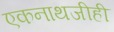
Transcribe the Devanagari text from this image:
एकनाथजीही